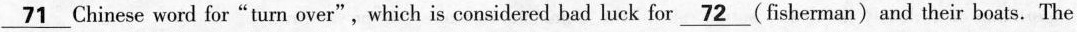
\underline{71} Chinese word for"turn over",which is considered bad luck for \underline{72} (fisherman) and their boats. The